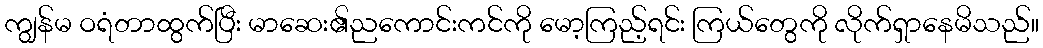
ကျွန်မ ဝရံတာထွက်ပြီး မာဆေး၏ညကောင်းကင်ကို မော့ကြည့်ရင်း ကြယ်တွေကို လိုက်ရှာနေမိသည်။